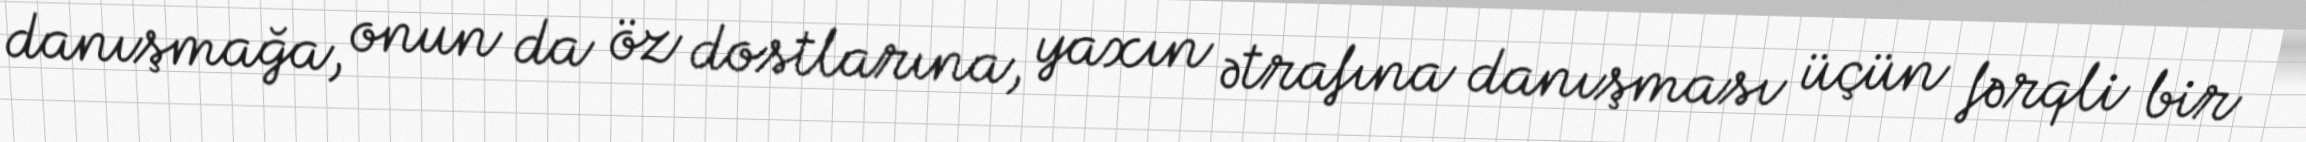
danışmağa, onun da öz dostlarına, yaxın ətrafına danışması üçün fərqli bir